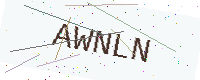
Text: AWNLN